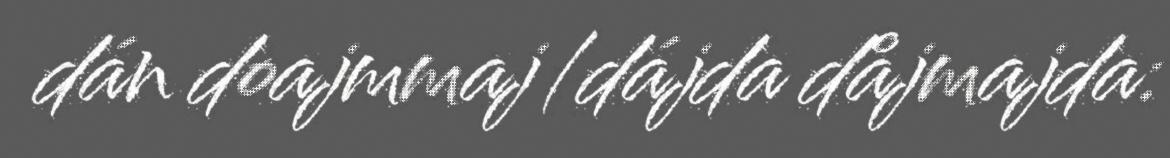
dán doajmmaj/dájda dåjmajda: